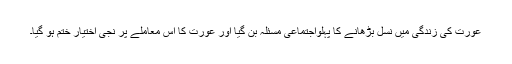
عورت کی زندگی میں نسل بڑھانے کا پہلواجتماعی مسئلہ بن گیا اور عورت کا اس معاملے پر نجی اختیار ختم ہو گیا۔